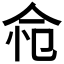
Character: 𢘔